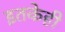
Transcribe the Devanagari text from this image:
इतकेही